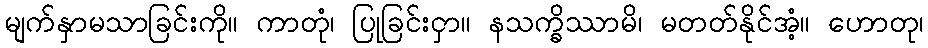
မျက်နှာမသာခြင်းကို။ ကာတုံ၊ ပြုခြင်းငှာ။ နသက္ခိဿာမိ၊ မတတ်နိုင်အံ့။ ဟောတု၊